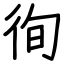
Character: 徇